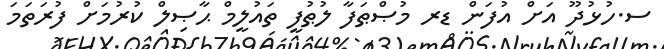
ސ.ހުޅުދޫ އަށް އުފަން ޑރ މުޞްޠަފާ ލުޠުފީ ތައުލީމް ޙާޞިލް ކުރުމަށް ފުރަތަމަ